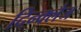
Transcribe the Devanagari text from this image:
दिन्क्लेज